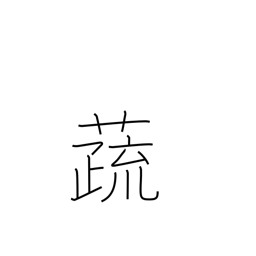
Meaning: vegetables